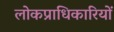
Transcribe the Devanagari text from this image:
लोकप्राधिकारियों